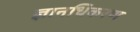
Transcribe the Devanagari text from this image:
ज्ञानधिकरण